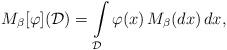
LaTeX: \begin{align*}M_\beta[\varphi](\mathcal{D}) = \int\limits_\mathcal{D} \varphi(x) \, M_\beta(dx)\, dx,\end{align*}